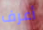
أعرف